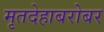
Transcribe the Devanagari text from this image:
मृतदेहाबरोबर